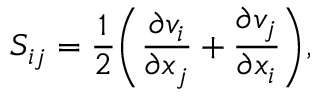
S _ { i j } = \frac { 1 } { 2 } \bigg ( \frac { \partial v _ { i } } { \partial x _ { j } } + \frac { \partial v _ { j } } { \partial x _ { i } } \bigg ) ,